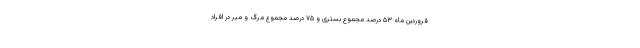
فروردین ماه ۵۳ درصد مجموع بستری و ۷۵ درصد مجموع مرگ و میر در افراد